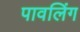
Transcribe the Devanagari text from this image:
पावलिंग